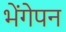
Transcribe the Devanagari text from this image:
भेंगेपन